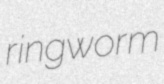
ringworm